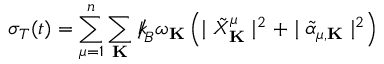
\sigma _ { T } ( t ) = \sum _ { \mu = 1 } ^ { n } \sum _ { \bf K } { \slash \! \! \! k } _ { \! { B } } \omega _ { \bf K } \left( \mid { \tilde { X } } _ { \bf K } ^ { \mu } \mid ^ { 2 } + \mid { \tilde { \alpha } } _ { \mu , { \bf K } } \mid ^ { 2 } \right)